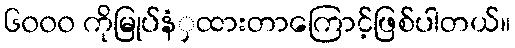
၆၀၀၀ ကိုမြုပ်နံှထားတာကြောင့်ဖြစ်ပါတယ်။